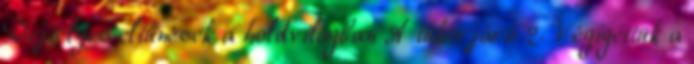
Rejtélyes eltűnések a holdvilágban A tükörjáró 2. Végigettük a